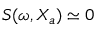
S ( \omega , X _ { a } ) \simeq 0